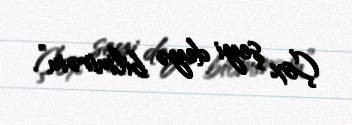
Çox şeyi deyə bilmirəm”.